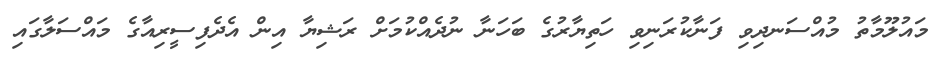
މައުލޫމާތު މުއްސަނދިވި ފަނާކުރަނިވި ހަތިޔާރުގެ ބަހަނާ ނުދެއްކުމަށް ރަޝިޔާ އިން އެދެފިސީރިއާގެ މައްސަލާގައި